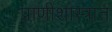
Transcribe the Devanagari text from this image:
प्राणीशास्त्रात